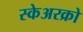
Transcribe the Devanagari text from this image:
स्केअरक्रो